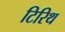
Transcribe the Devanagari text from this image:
टिरिथ